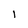
Character: 1